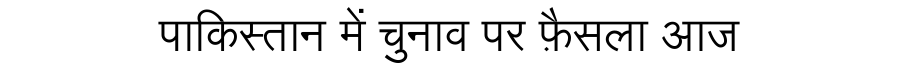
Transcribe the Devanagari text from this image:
पाकिस्तान में चुनाव पर फ़ैसला आज